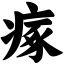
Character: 瘃